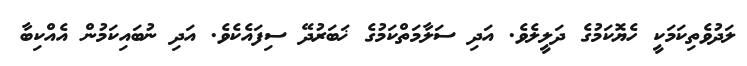
ލަދުވެތިކަމަކީ ހެޔޮކަމުގެ ދަލީލެވެ. އަދި ސަލާމަތްކަމުގެ ޚަބަރުދޭ ސިފައެކެވެ. އަދި ނުބައިކަމުން އެއްކިބާ